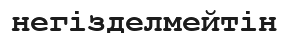
негізделмейтін